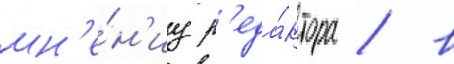
мн'е́н'иу р'еда́ктора / в